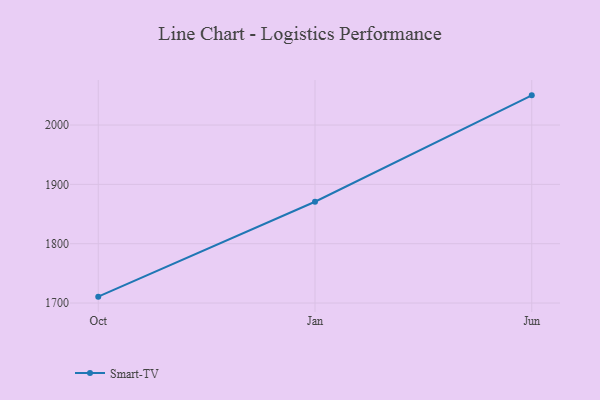
{"axis": {"x": "Month", "y": "Conversion Rate (%)"}, "legend": ["Smart-TV"], "data": [{"x": "Oct", "y": 1710.8, "type": "Smart-TV"}, {"x": "Jan", "y": 1870.7, "type": "Smart-TV"}, {"x": "Jun", "y": 2050.0, "type": "Smart-TV"}]}